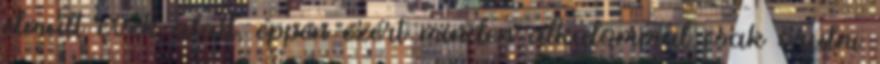
elmúlt évek alatt, éppen ezért minden alkalommal csak örülni